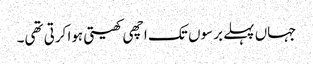
جہاں پہلے برسوں تک اچھی کھیتی ہوا کرتی تھی۔